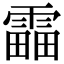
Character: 𩄣